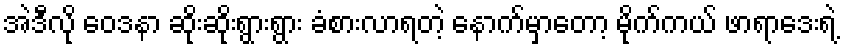
အဲဒီလို ဝေဒနာ ဆိုးဆိုးရွားရွား ခံစားလာရတဲ့ နောက်မှာတော့ မိုက်ကယ် ဖာရာဒေးရဲ့